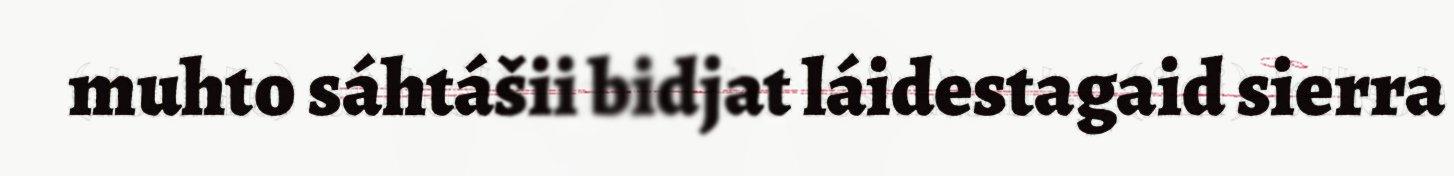
muhto sáhtášii bidjat láidestagaid sierra